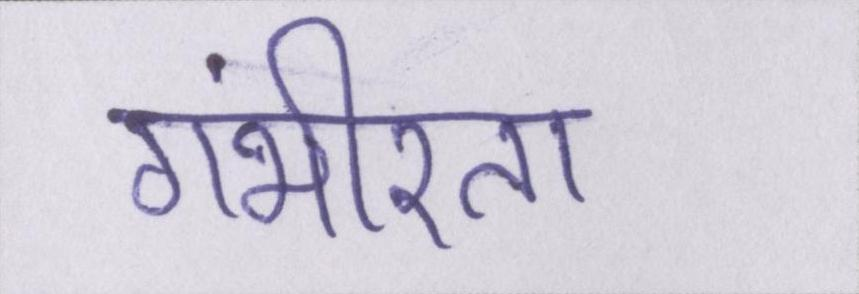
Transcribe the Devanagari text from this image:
गंभीरता